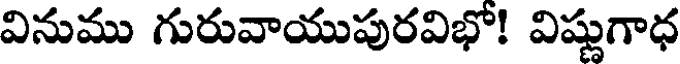
వినుము గురువాయుపురవిభో! విష్ణుగాధ